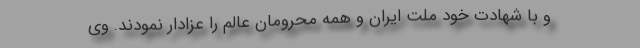
و با شهادت خود ملت ایران و همه محرومان عالم را عزادار نمودند. وی